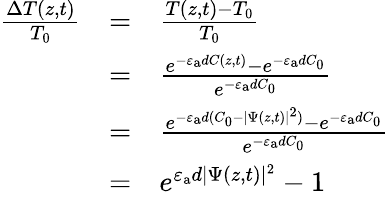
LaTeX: \begin{array}{ccl}{\frac{\Delta T(z,t)}{T_{0}}}&{=}&{\frac{T(z,t)-T_{0}}{T_{0}}}\\ &{=}&{\frac{e^{-\varepsilon_{\mathrm{a}}dC({z,t})}-e^{-\varepsilon_{\mathrm{a}}dC_{0}}}{e^{-\varepsilon_{\mathrm{a}}dC_{0}}}}\\ &{=}&{\frac{e^{-\varepsilon_{\mathrm{a}}d(C_{0}-|\Psi(z,t)|^{2})}-e^{-\varepsilon_{\mathrm{a}}dC_{0}}}{e^{-\varepsilon_{\mathrm{a}}dC_{0}}}}\\ &{=}&{e^{\varepsilon_{\mathrm{a}}d|\Psi(z,t)|^{2}}-1}\end{array}